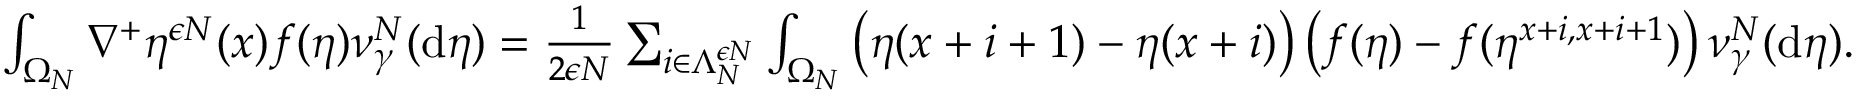
\begin{array} { r } { \int _ { \Omega _ { N } } \nabla ^ { + } \eta ^ { \epsilon N } ( x ) f ( \eta ) \nu _ { \gamma } ^ { N } ( \mathrm { d } \eta ) = \frac { 1 } { 2 \epsilon N } \sum _ { i \in \Lambda _ { N } ^ { \epsilon N } } \int _ { \Omega _ { N } } \left( \eta ( x + i + 1 ) - \eta ( x + i ) \right) \left( f ( \eta ) - f ( \eta ^ { x + i , x + i + 1 } ) \right) \nu _ { \gamma } ^ { N } ( \mathrm { d } \eta ) . } \end{array}